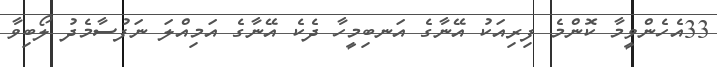
33އެހެންވީމާ ކޮންމެ ފިރިއަކު އޭނާގެ އަނބިމީހާ ދެކެ އޭނާގެ އަމިއްލަ ނަފުސާމެދު ލޯބިވާ